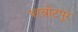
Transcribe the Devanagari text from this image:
परबोटपुर